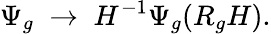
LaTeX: \Psi_{g}\; \rightarrow\; H^{-1}\Psi_{g}(R_{g}H).